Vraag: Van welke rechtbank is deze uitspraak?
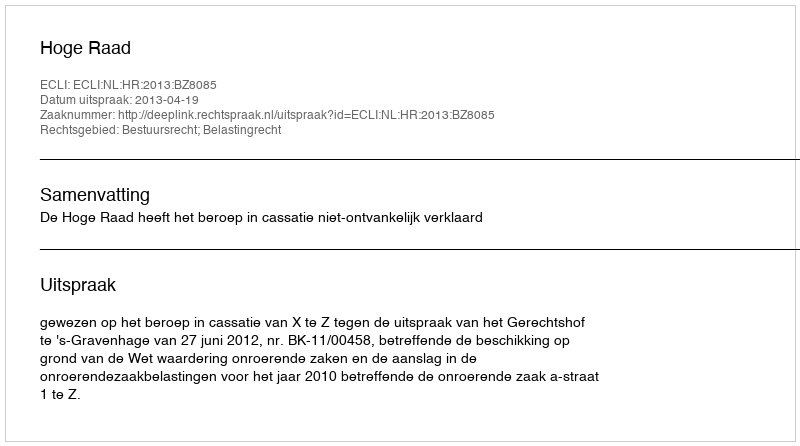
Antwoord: Hoge Raad